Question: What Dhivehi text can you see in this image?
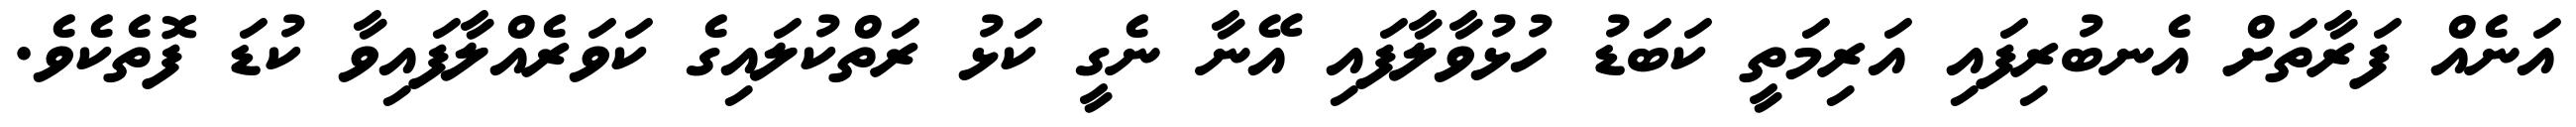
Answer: އަނެއް ފަރާތަށް އެނބުރިފައި އަރިމަތީ ކަބަޑު ހުޅުވާލާފައި އޭނާ ނެގީ ކަޅު ރަތްކުލައިގެ ކަވަރެއްލާފައިވާ ކުޑަ ފޮތެކެވެ.